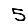
Digit: 5